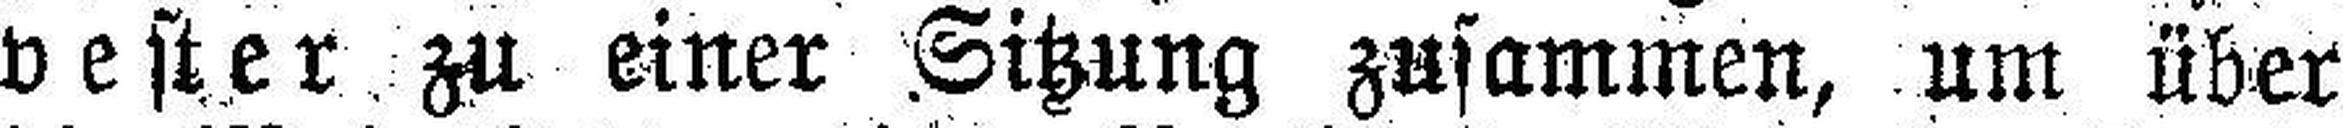
vester zu einer Sitzung zusammen, um über